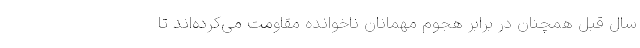
سال قبل همچنان در برابر هجوم مهمانان ناخوانده مقاومت می‌کرده‌اند تا